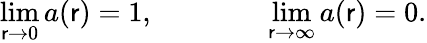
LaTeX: \operatorname*{lim}_{\mathsf{r}\rightarrow0}a(\mathsf{r})=1,\qquad\qquad\operatorname*{lim}_{\mathsf{r}\rightarrow\infty}a(\mathsf{r})=0.